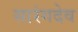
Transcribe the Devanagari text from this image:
सारंगदेव